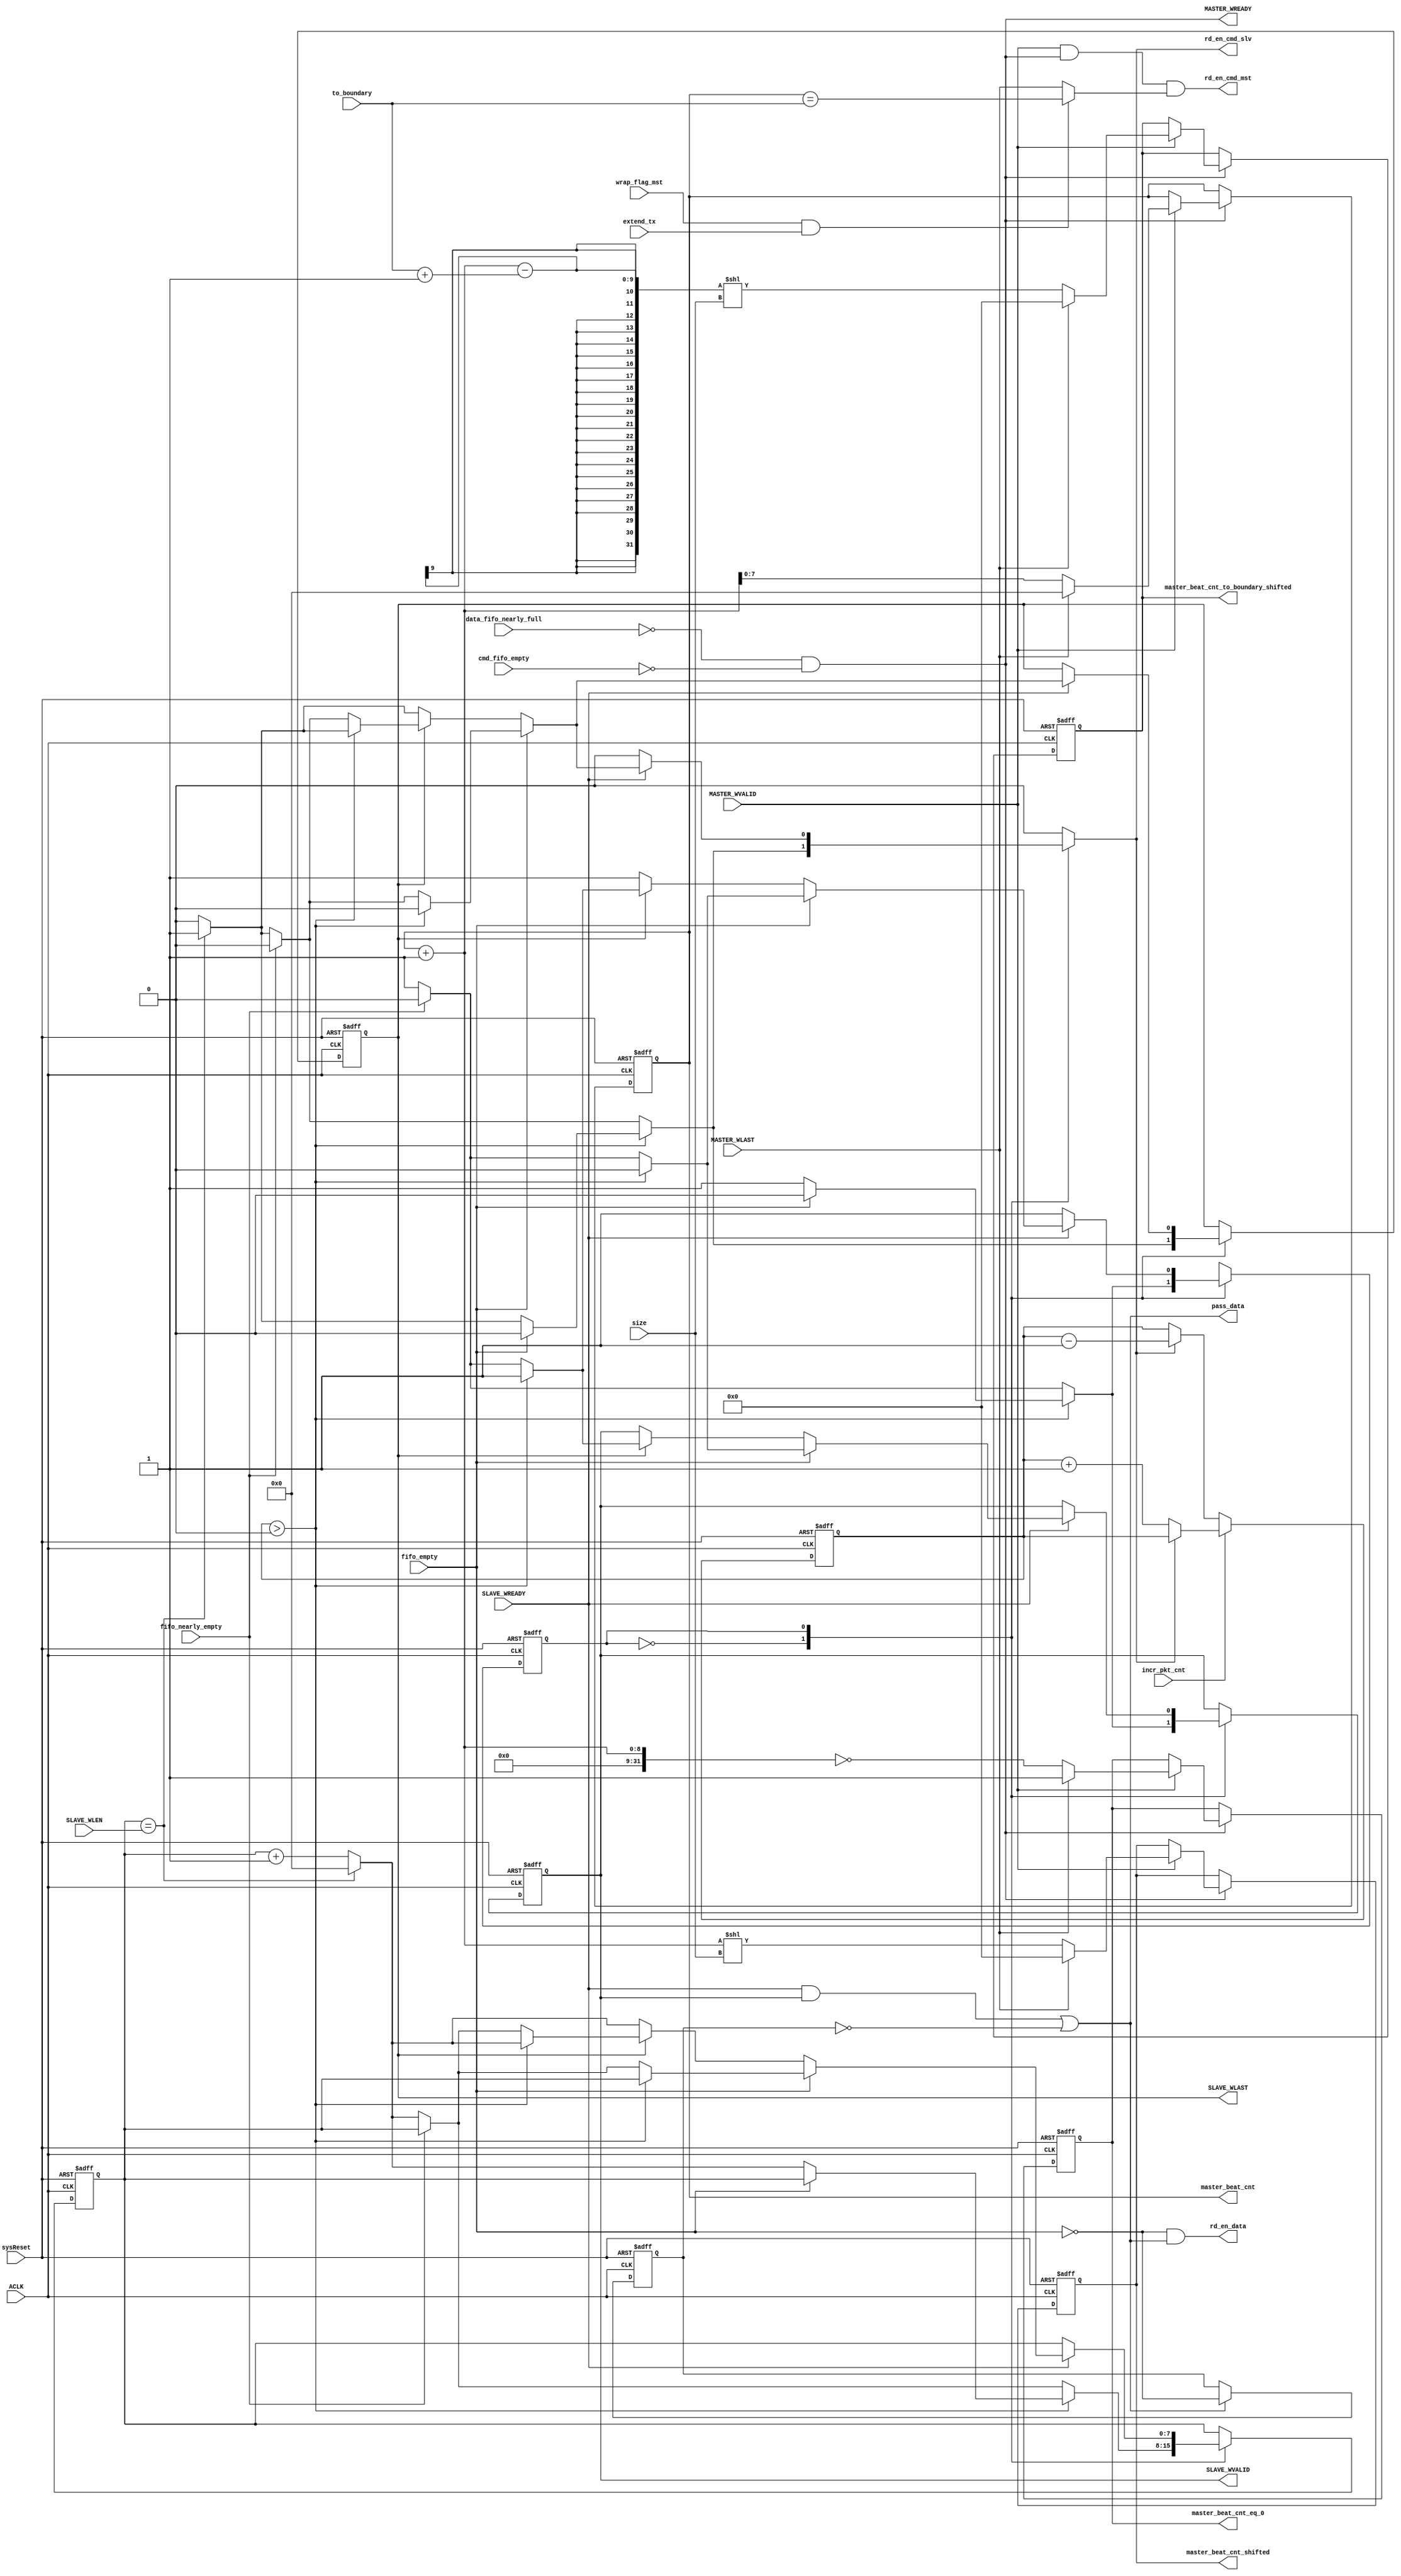
///////////////////////////////////////////////////////////////////////////////////////////////////
// Company: MICROSEMI
//
// IP Core: COREAXI4INTERCONNECT
//
//  Description  : The AMBA AXI4 Interconnect core connects one or more AXI memory-mapped master devices to one or
//                 more memory-mapped slave devices. The AMBA AXI protocol supports high-performance, high-frequency
//                 system designs.
//
//  COPYRIGHT 2017 BY MICROSEMI 
//  THE INFORMATION CONTAINED IN THIS DOCUMENT IS SUBJECT TO LICENSING RESTRICTIONS 
//  FROM MICROSEMI CORP.  IF YOU ARE NOT IN POSSESSION OF WRITTEN AUTHORIZATION FROM 
//  MICROSEMI FOR USE OF THIS FILE, THEN THE FILE SHOULD BE IMMEDIATELY DESTROYED AND 
//  NO BACK-UP OF THE FILE SHOULD BE MADE. 
//
//
/////////////////////////////////////////////////////////////////////////////////////////////////// 
 
module caxi4interconnect_DWC_UpConv_WChan_ReadDataFifoCtrl (
                                          //  input ports
                                          SLAVE_WREADY,
                                          SLAVE_WLEN,
                                          ACLK,
                                          MASTER_WVALID,
                                          MASTER_WLAST,
                                          sysReset,
                                          fifo_nearly_empty,
                                          fifo_empty,
                                          incr_pkt_cnt,
                                          data_fifo_nearly_full,
                                          cmd_fifo_empty,
                                          extend_tx,
                                          wrap_flag_mst,
                                          to_boundary,
                                          size,
 
                                          //  output ports
                                          SLAVE_WLAST,
                                          SLAVE_WVALID,
                                          MASTER_WREADY,
                                          master_beat_cnt,
                                          pass_data,
                                          rd_en_data,
                                          rd_en_cmd_slv,
                                          rd_en_cmd_mst,
                                          master_beat_cnt_eq_0,
                                          master_beat_cnt_shifted,
                                          master_beat_cnt_to_boundary_shifted
                                          );
 
   parameter        SIZE_OUT                              = 2;
   parameter        LOG_OPEN_TX                           = 3;
//  input ports
   input            SLAVE_WREADY;
   wire             SLAVE_WREADY;
   input     [7:0]  SLAVE_WLEN;
   wire      [7:0]  SLAVE_WLEN;
   input            ACLK;
   wire             ACLK;
   input            MASTER_WVALID;
   wire             MASTER_WVALID;
   input            MASTER_WLAST;
   wire             MASTER_WLAST;
   input            sysReset;
   wire             sysReset;
   input            fifo_nearly_empty;
   wire             fifo_nearly_empty;
   input            fifo_empty;
   wire             fifo_empty;
   input            incr_pkt_cnt;
   wire             incr_pkt_cnt;
   input            data_fifo_nearly_full;
   wire             data_fifo_nearly_full;
   input            cmd_fifo_empty;
   wire             cmd_fifo_empty;
   input            extend_tx;
   wire             extend_tx;
   input            wrap_flag_mst;
   wire             wrap_flag_mst;
   input     [4:0]  to_boundary;
   wire      [4:0]  to_boundary;
   input     [2:0]  size;
   wire      [2:0]  size;
//  output ports
   output           SLAVE_WLAST;
   reg              SLAVE_WLAST;
   output           SLAVE_WVALID;
   reg              SLAVE_WVALID;
   output           MASTER_WREADY;
   wire             MASTER_WREADY;
   output    [7:0]  master_beat_cnt;
   reg       [7:0]  master_beat_cnt;
   output           pass_data;
   wire             pass_data;
   output           rd_en_data;
   wire             rd_en_data;
   output           rd_en_cmd_slv;
   wire             rd_en_cmd_slv;
   output           rd_en_cmd_mst;
   wire             rd_en_cmd_mst;
   output           master_beat_cnt_eq_0;
   reg              master_beat_cnt_eq_0;
   output    [11:0] master_beat_cnt_shifted;
   reg       [11:0] master_beat_cnt_shifted;
   output    [11:0] master_beat_cnt_to_boundary_shifted;
   reg       [11:0] master_beat_cnt_to_boundary_shifted;
//  local signals
   reg              decr_pkt_cnt;
   wire      [8:0]  actual_wlen;
   wire             last_next;
   reg       [LOG_OPEN_TX:0] pkt_cnt;
   reg       [7:0]  slave_beat_cnt;
   reg              hold_data_valid;
   wire             data_out_valid;
   wire             slave_accept;
   wire             extend_wrap;
   wire             end_first_wrap_pkt;
 
   parameter IDLE      = 1'b0,
             SEND_DATA = 1'b1;
 
 
   reg [0:0] visual_SEND_DATA_SM_current, visual_SEND_DATA_SM_next;
 
   reg              visual_SLAVE_WLAST_next;
   reg              visual_SLAVE_WVALID_next;
   reg       [7:0]  visual_slave_beat_cnt_next;
 
 
   // Combinational process
   always  @(slave_beat_cnt or SLAVE_WLAST or SLAVE_WVALID or pkt_cnt or fifo_empty or last_next or fifo_nearly_empty or SLAVE_WREADY or visual_SEND_DATA_SM_current)
   begin : SEND_DATA_SM_comb
      decr_pkt_cnt <= 0;
      visual_slave_beat_cnt_next <= slave_beat_cnt;
      visual_SLAVE_WLAST_next <= SLAVE_WLAST;
      visual_SLAVE_WVALID_next <= SLAVE_WVALID;
 
 
 
      case (visual_SEND_DATA_SM_current)
         IDLE:
            begin
               if (pkt_cnt > 0)
               begin
                  if (fifo_empty)
                  begin
                     visual_SLAVE_WLAST_next <= 0;
                     visual_SLAVE_WVALID_next <= 0;
                     visual_SEND_DATA_SM_next <= IDLE;
                  end
                  else
                  begin
                     visual_SLAVE_WVALID_next <= 1;
                     if (last_next)
                     begin
                        visual_SLAVE_WLAST_next <= 1;
                        decr_pkt_cnt <= 1;
                        visual_slave_beat_cnt_next <= 0;
                        visual_SEND_DATA_SM_next <= SEND_DATA;
                     end
                     else
                     begin
                        visual_slave_beat_cnt_next <= slave_beat_cnt + 1;
                        visual_SLAVE_WLAST_next <= 0;
                        visual_SEND_DATA_SM_next <= SEND_DATA;
                     end
                  end
               end
               //  No point in proceesing yet,
               //  as the amount of data in the
               //  caxi4interconnect_FIFO is too low
               else if (fifo_nearly_empty)
               begin
                  visual_SLAVE_WLAST_next <= 0;
                  visual_SLAVE_WVALID_next <= 0;
                  visual_SEND_DATA_SM_next <= IDLE;
               end
               else
               begin
                  visual_SLAVE_WVALID_next <= 1;
                  if (last_next)
                  begin
                     visual_SLAVE_WLAST_next <= 1;
                     decr_pkt_cnt <= 1;
                     visual_slave_beat_cnt_next <= 0;
                     visual_SEND_DATA_SM_next <= SEND_DATA;
                  end
                  else
                  begin
                     visual_slave_beat_cnt_next <= slave_beat_cnt + 1;
                     visual_SLAVE_WLAST_next <= 0;
                     visual_SEND_DATA_SM_next <= SEND_DATA;
                  end
               end
            end
 
         SEND_DATA:
            begin
               if (SLAVE_WREADY)
               begin
                  if (fifo_empty)
                  begin
                     if (pkt_cnt > 0)
                     begin
                        if (fifo_empty)
                        begin
                           visual_SLAVE_WLAST_next <= 0;
                           visual_SLAVE_WVALID_next <= 0;
                           visual_SEND_DATA_SM_next <= IDLE;
                        end
                        else
                        begin
                           visual_SLAVE_WVALID_next <= 1;
                           if (last_next)
                           begin
                              visual_SLAVE_WLAST_next <= 1;
                              decr_pkt_cnt <= 1;
                              visual_slave_beat_cnt_next <= 0;
                              visual_SEND_DATA_SM_next <= SEND_DATA;
                           end
                           else
                           begin
                              visual_slave_beat_cnt_next <= slave_beat_cnt + 1;
                              visual_SLAVE_WLAST_next <= 0;
                              visual_SEND_DATA_SM_next <= SEND_DATA;
                           end
                        end
                     end
                     else if (fifo_nearly_empty)
                     begin
                        visual_SLAVE_WLAST_next <= 0;
                        visual_SLAVE_WVALID_next <= 0;
                        visual_SEND_DATA_SM_next <= IDLE;
                     end
                     else
                     begin
                        visual_SLAVE_WVALID_next <= 1;
                        if (last_next)
                        begin
                           visual_SLAVE_WLAST_next <= 1;
                           decr_pkt_cnt <= 1;
                           visual_slave_beat_cnt_next <= 0;
                           visual_SEND_DATA_SM_next <= SEND_DATA;
                        end
                        else
                        begin
                           visual_slave_beat_cnt_next <= slave_beat_cnt + 1;
                           visual_SLAVE_WLAST_next <= 0;
                           visual_SEND_DATA_SM_next <= SEND_DATA;
                        end
                     end
                  end
                  else if (SLAVE_WLAST)
                  begin
                     if (pkt_cnt > 0)
                     begin
                        if (fifo_empty)
                        begin
                           visual_SLAVE_WLAST_next <= 0;
                           visual_SLAVE_WVALID_next <= 0;
                           visual_SEND_DATA_SM_next <= IDLE;
                        end
                        else
                        begin
                           visual_SLAVE_WVALID_next <= 1;
                           if (last_next)
                           begin
                              visual_SLAVE_WLAST_next <= 1;
                              decr_pkt_cnt <= 1;
                              visual_slave_beat_cnt_next <= 0;
                              visual_SEND_DATA_SM_next <= SEND_DATA;
                           end
                           else
                           begin
                              visual_slave_beat_cnt_next <= slave_beat_cnt + 1;
                              visual_SLAVE_WLAST_next <= 0;
                              visual_SEND_DATA_SM_next <= SEND_DATA;
                           end
                        end
                     end
                     else if (fifo_nearly_empty)
                     begin
                        visual_SLAVE_WLAST_next <= 0;
                        visual_SLAVE_WVALID_next <= 0;
                        visual_SEND_DATA_SM_next <= IDLE;
                     end
                     else
                     begin
                        visual_SLAVE_WVALID_next <= 1;
                        if (last_next)
                        begin
                           visual_SLAVE_WLAST_next <= 1;
                           decr_pkt_cnt <= 1;
                           visual_slave_beat_cnt_next <= 0;
                           visual_SEND_DATA_SM_next <= SEND_DATA;
                        end
                        else
                        begin
                           visual_slave_beat_cnt_next <= slave_beat_cnt + 1;
                           visual_SLAVE_WLAST_next <= 0;
                           visual_SEND_DATA_SM_next <= SEND_DATA;
                        end
                     end
                  end
                  else if (last_next)
                  begin
                     visual_SLAVE_WLAST_next <= 1;
                     decr_pkt_cnt <= 1;
                     visual_slave_beat_cnt_next <= 0;
                     visual_SEND_DATA_SM_next <= SEND_DATA;
                  end
                  else
                  begin
                     visual_slave_beat_cnt_next <= slave_beat_cnt + 1;
                     visual_SLAVE_WLAST_next <= 0;
                     visual_SEND_DATA_SM_next <= SEND_DATA;
                  end
               end
               else
               begin
                  visual_SEND_DATA_SM_next <= SEND_DATA;
               end
            end
 
         default:
            begin
               visual_SEND_DATA_SM_next <= IDLE;
            end
      endcase
   end
 
   always  @(posedge ACLK or negedge sysReset)
   begin : SEND_DATA_SM
 
      if (!sysReset)
      begin
         SLAVE_WVALID <= 0;
         SLAVE_WLAST <= 0;
         slave_beat_cnt <= 0;
         visual_SEND_DATA_SM_current <= IDLE;
      end
      else
      begin
         SLAVE_WLAST <= visual_SLAVE_WLAST_next;
         SLAVE_WVALID <= visual_SLAVE_WVALID_next;
         slave_beat_cnt <= visual_slave_beat_cnt_next;
         visual_SEND_DATA_SM_current <= visual_SEND_DATA_SM_next;
      end
   end
 
 
 
   always
      @( posedge ACLK or negedge sysReset )
   begin   :mstr_beat_cnt_ctrl
 
      if (!sysReset)
      begin
         master_beat_cnt <= 0;
         master_beat_cnt_eq_0 <= 1;
         master_beat_cnt_shifted <= 0;
         master_beat_cnt_to_boundary_shifted <= 0;
      end
      else
      begin
         if (MASTER_WREADY)
         begin
            if (MASTER_WVALID)
            begin
               if (MASTER_WLAST)
               begin
                  master_beat_cnt <= 0;
                  master_beat_cnt_eq_0 <= 1;
                  master_beat_cnt_shifted <= 0;
                  master_beat_cnt_to_boundary_shifted <= 0;
               end
               else
               begin
                  master_beat_cnt <= master_beat_cnt + 1;
                  master_beat_cnt_eq_0 <= ((master_beat_cnt + 1) == 0);
                  master_beat_cnt_to_boundary_shifted <= (((master_beat_cnt + 1) - (to_boundary + 1)) << size);
                  master_beat_cnt_shifted <= (((master_beat_cnt + 1)) << size);
               end
            end
         end
      end
   end
 
 
 
   always
      @( posedge ACLK or negedge sysReset )
   begin   :pkts_in_wfifo_cnt
 
      if (!sysReset)
      begin
         pkt_cnt <= 0;
      end
      else
      begin
         if (incr_pkt_cnt)
         begin
            if (decr_pkt_cnt)
            begin
            end
            else
            begin
               pkt_cnt <= pkt_cnt + 1;
            end
         end
         else
         begin
            if (decr_pkt_cnt == 1)
            begin
               pkt_cnt <= pkt_cnt - 1;
            end
         end
      end
   end
 
 
 
   always
      @( posedge ACLK or negedge sysReset )
   begin   :hold_data_valid_ctrl
 
      if (!sysReset)
      begin
         hold_data_valid <= 0;
      end
      else
      begin
         if (pass_data)
         begin
            hold_data_valid <=
            data_out_valid;
         end
      end
   end
 
   assign last_next = (slave_beat_cnt == SLAVE_WLEN);
 
   //assign last_next = ((slave_beat_cnt + 1) == actual_wlen);
   //assign actual_wlen = SLAVE_WLEN + 1;
 
   assign slave_accept =  SLAVE_WREADY & SLAVE_WVALID;
 
   assign pass_data = (slave_accept | ~hold_data_valid);
 
   assign rd_en_data = data_out_valid & pass_data;
   assign rd_en_cmd_slv = decr_pkt_cnt;
   assign data_out_valid = ~fifo_empty;
   assign extend_wrap = (wrap_flag_mst & extend_tx);
   assign end_first_wrap_pkt = (master_beat_cnt == {3'b000, to_boundary});
   assign rd_en_cmd_mst = MASTER_WVALID & MASTER_WREADY & (extend_wrap ? end_first_wrap_pkt : MASTER_WLAST);
 
   assign MASTER_WREADY = !data_fifo_nearly_full & (~cmd_fifo_empty); // Space for 2 or more in data caxi4interconnect_FIFO & cmd available
 
 
endmodule